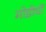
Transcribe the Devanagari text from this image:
मोडीचीं